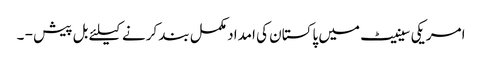
امریکی سینیٹ میں پاکستان کی امداد مکمل بند کرنے کیلئے بل پیش - ۔